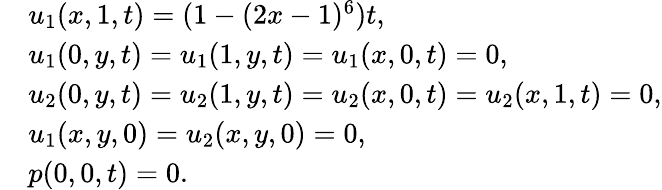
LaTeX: \begin{array}{rl}&{u_{1}(x,1,t)=(1-(2x-1)^{6})t,}\\ &{u_{1}(0,y,t)=u_{1}(1,y,t)=u_{1}(x,0,t)=0,}\\ &{u_{2}(0,y,t)=u_{2}(1,y,t)=u_{2}(x,0,t)=u_{2}(x,1,t)=0,}\\ &{u_{1}(x,y,0)=u_{2}(x,y,0)=0,}\\ &{p(0,0,t)=0.}\end{array}